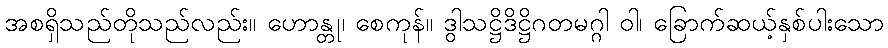
အစရှိသည်တိုသည်လည်း။ ဟောန္တု၊ စေကုန်။ ဒွါသဋ္ဌိဒိဋ္ဌိဂတမဂ္ဂါ ဝါ၊ ခြောက်ဆယ့်နှစ်ပါးသော